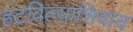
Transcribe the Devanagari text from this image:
हटविल्याशिवाय